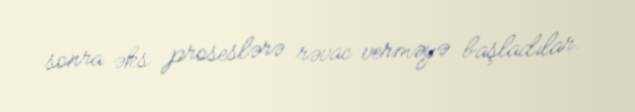
sonra əks proseslərə rəvac verməyə başladılar.